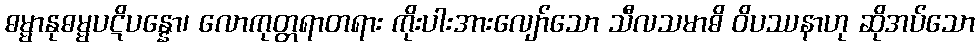
ဓမ္မာနုဓမ္မပဋိပန္နော၊ လောကုတ္တရာတရား ကိုးပါးအားလျော်သော သီလသမာဓိ ဝိပဿနာဟု ဆိုအပ်သော